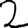
Digit: 2